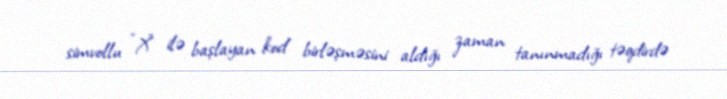
simvollu "X" ilə başlayan kod birləşməsini aldığı zaman tanınmadığı təqdirdə